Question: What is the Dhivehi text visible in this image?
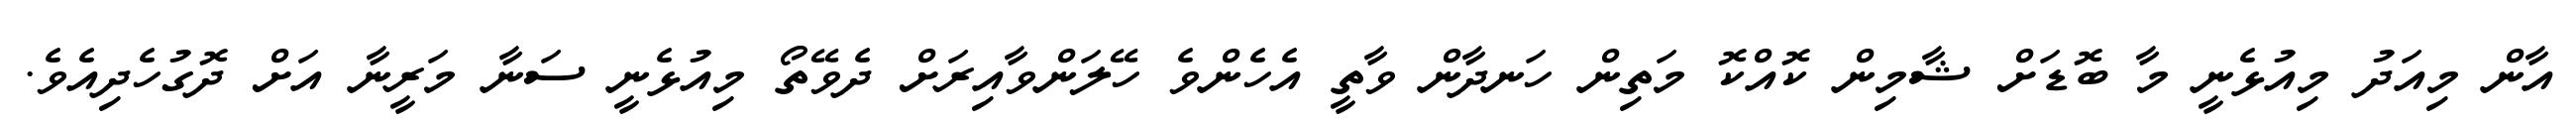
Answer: އާން މިއަދު މިއުޅެނީ މާ ބޮޑަށް ޝާމިން ކޮއްކޮ މަތިން ހަނދާން ވާތީ އެހެންވެ ހޭލަންވާއިރަށް ދެވޭތޯ މިއުޅެނީ ސަނާ މަރީނާ އަށް ދޮގުހެދިއެވެ.